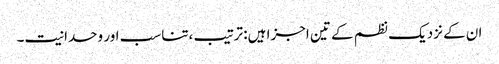
ان کے نزدیک نظم کے تین اجزا ہیں: ترتیب ،تناسب اور وحدانیت۔